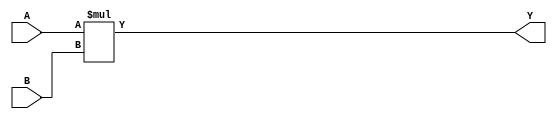
//-----------------------------------------------------
// File Name   : simple_unsigned_4tap_fir
// Function    : A behavorial model with 4 multipliers, designed to test the 
//               functionality of DSP block.
//-----------------------------------------------------
module mult_unsigned #(
    parameter INPUT_WIDTH = 14,
    parameter OUTPUT_WIDTH = 28
  ) (A, B, Y);
	input wire  [INPUT_WIDTH-1:0] A;
	input wire  [INPUT_WIDTH-1:0] B;
	output wire [OUTPUT_WIDTH-1:0] Y;

		assign Y = A * B;
endmodule

module add_output_of_four_multipliers
  #(
    parameter INPUT_WIDTH = 14,
    parameter OUTPUT_WIDTH = 28
  )
  (
    input wire clk,
    input wire reset,
    input wire [INPUT_WIDTH-1:0] a,
    input wire [INPUT_WIDTH-1:0] b,
    output reg [OUTPUT_WIDTH-1:0] y
  );

  wire   [OUTPUT_WIDTH-1:0] mult0, mult1, mult2, mult3, adder_output;
    

// Multipliers

  mult_unsigned mult_inst0 (
    .A(a),
    .B(b),
    .Y(mult0) 
  );

  mult_unsigned mult_inst1 (
    .A(a),
    .B(b),
    .Y(mult1) 
  );

  mult_unsigned mult_inst2 (
    .A(a),
    .B(b),
    .Y(mult2) 
  );

  mult_unsigned mult_inst3 (
    .A(a),
    .B(b),
    .Y(mult3) 
  );
    
// Adders
    assign adder_output = mult0 + mult1 + mult2 + mult3;  

  always@ (posedge clk) begin
    if (reset)
      y <= 0;
    else
      y <= adder_output;
  end

endmodule